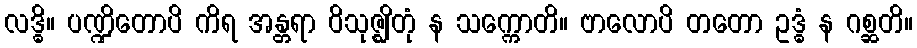
လဒ္ဓိ။ ပဏ္ဍိတောပိ ကိရ အန္တရာ ဝိသုဇ္ဈိတုံ န သက္ကောတိ။ ဗာလောပိ တတော ဥဒ္ဓံ န ဂစ္ဆတိ။